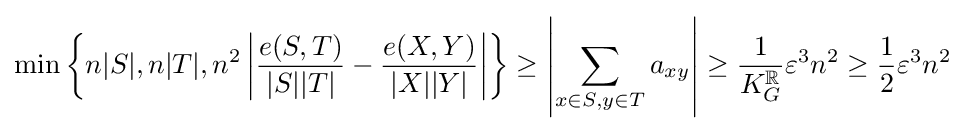
\min \left\{n|S|,n|T|,n^{2}\left|{\frac {e(S,T)}{|S||T|}}-{\frac {e(X,Y)}{|X||Y|}}\right|\right\}\geq \left|\sum _{x\in S,y\in T}a_{xy}\right|\geq {\frac {1}{K_{G}^{\mathbb {R} }}}\varepsilon ^{3}n^{2}\geq {\frac {1}{2}}\varepsilon ^{3}n^{2}